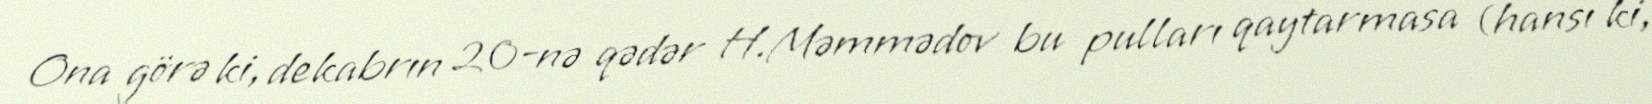
Ona görə ki, dekabrın 20-nə qədər H.Məmmədov bu pulları qaytarmasa (hansı ki,